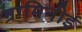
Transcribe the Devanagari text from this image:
ग्रामिनीई